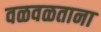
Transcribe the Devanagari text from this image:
वळवळताना